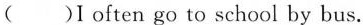
( )I often go to school by bus.